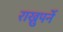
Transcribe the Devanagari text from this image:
राख्नुपर्ने